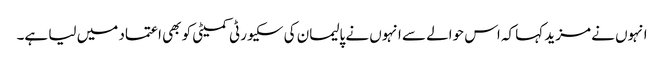
انہوں نے مزید کہا کہ اس حوالے سے انہوں نے پالیمان کی سکیورٹی کمیٹی کو بھی اعتماد میں لیا ہے۔